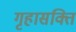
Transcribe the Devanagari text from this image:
गृहासक्ति